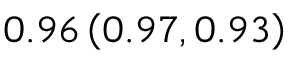
0 . 9 6 \left( 0 . 9 7 , 0 . 9 3 \right)